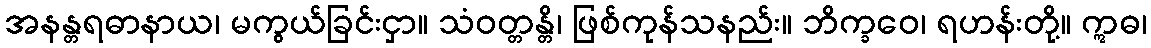
အနန္တရဓာနာယ၊ မကွယ်ခြင်းငှာ။ သံဝတ္တန္တိ၊ ဖြစ်ကုန်သနည်း။ ဘိက္ခဝေ၊ ရဟန်းတို့။ ဣဓ၊